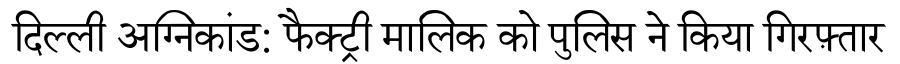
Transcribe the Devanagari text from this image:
दिल्ली अग्निकांड: फैक्ट्री मालिक को पुलिस ने किया गिरफ़्तार